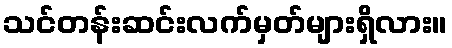
သင်တန်းဆင်းလက်မှတ်များရှိလား။